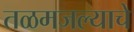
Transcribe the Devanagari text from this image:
तळमजल्याचे